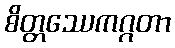
စိတ္တဿေကဂ္ဂတာ